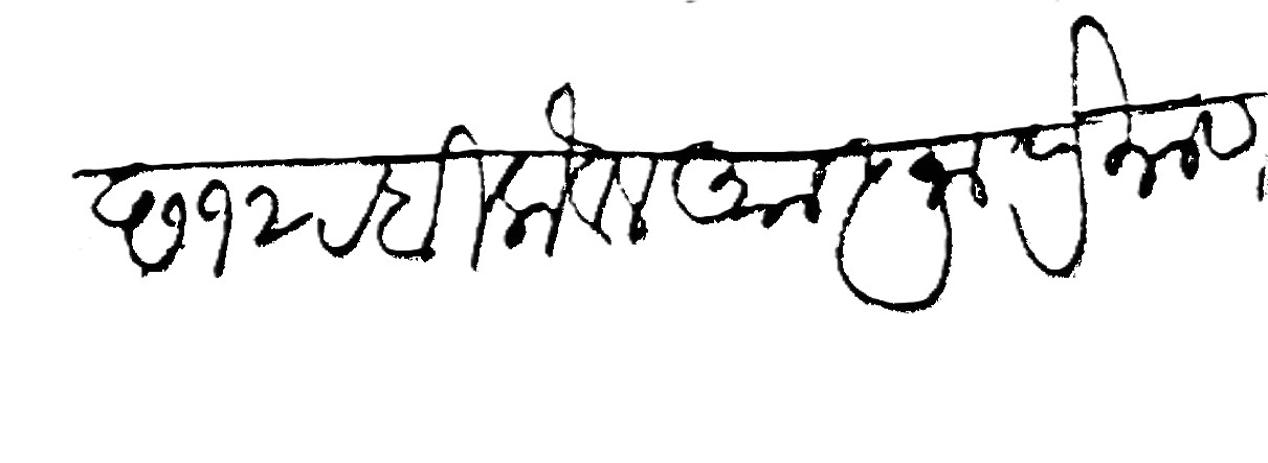
Transliteration (Devanagari): छ १२ रबिलौवल आज्ञा प्रमाण